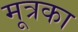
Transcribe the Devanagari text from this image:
मूत्रका